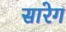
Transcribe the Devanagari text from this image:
सारेग